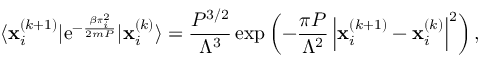
\langle \mathbf { x } _ { i } ^ { ( k + 1 ) } | \mathrm { e } ^ { - \frac { \beta \boldsymbol { \pi } _ { i } ^ { 2 } } { 2 m P } } | \mathbf { x } _ { i } ^ { ( k ) } \rangle = \frac { P ^ { 3 / 2 } } { \Lambda ^ { 3 } } \exp \left( - \frac { \pi P } { \Lambda ^ { 2 } } \left| \mathbf { x } _ { i } ^ { ( k + 1 ) } - \mathbf { x } _ { i } ^ { ( k ) } \right| ^ { 2 } \right) ,